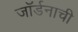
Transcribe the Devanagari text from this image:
जॉर्डनाची